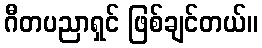
ဂီတပညာရှင် ဖြစ်ချင်တယ်။